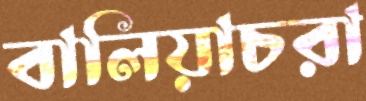
বালিয়াচরা